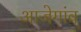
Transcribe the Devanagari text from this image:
आजेगांव